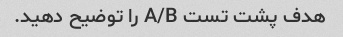
هدف پشت تست A/B را توضیح دهید.